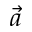
\vec { a }